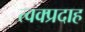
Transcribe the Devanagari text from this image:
त्वक्प्रदाह